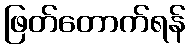
ဖြတ်တောက်ရန်